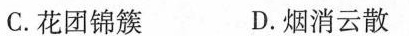
C.花团锦簇 D.烟消云散